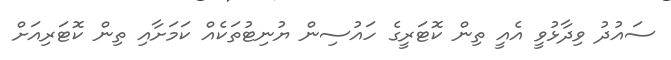
ސައުދު ވިދާޅުވީ އެއީ ތިން ކޮޓަރީގެ ހައުސިން ޔުނިޓުތަކެއް ކަމަށާއި ތިން ކޮޓަރިއަށް